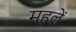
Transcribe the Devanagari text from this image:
महलें